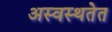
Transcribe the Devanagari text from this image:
अस्वस्थतेत